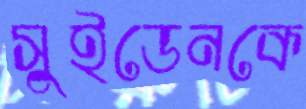
সুইডেনকে